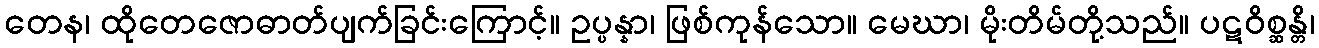
တေန၊ ထိုတေဇောဓာတ်ပျက်ခြင်းကြောင့်။ ဥပ္ပန္နာ၊ ဖြစ်ကုန်သော။ မေဃာ၊ မိုးတိမ်တို့သည်။ ပဋဝိစ္ဆန္တိ၊